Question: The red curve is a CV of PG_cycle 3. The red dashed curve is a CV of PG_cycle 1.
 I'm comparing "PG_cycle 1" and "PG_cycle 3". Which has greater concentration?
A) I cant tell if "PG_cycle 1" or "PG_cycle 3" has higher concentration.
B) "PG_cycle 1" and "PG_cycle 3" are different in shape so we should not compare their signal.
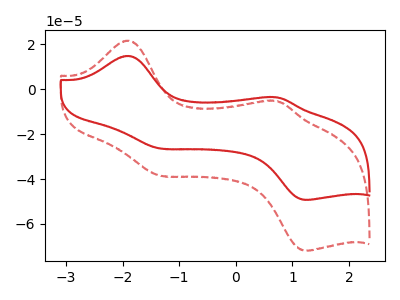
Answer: <think>The red curve "PG_cycle 3" has anodic peaks at (-1.90V, 14.80uA) (0.75V, -3.70uA) and cathodic peaks at (-1.35V, -26.35uA) (1.30V, -49.30uA). The red dashed curve "PG_cycle 1" has anodic peaks at (-1.90V, 21.60uA) (0.75V, -5.35uA) and cathodic peaks at (-1.35V, -38.45uA) (1.30V, -71.90uA).
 All the peaks in "PG_cycle 1" have a peak in "PG_cycle 3" at the same potential.</think>
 <answer>A) I cant tell if "PG_cycle 1" or "PG_cycle 3" has higher concentration.</answer>
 <eval>A</eval>